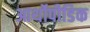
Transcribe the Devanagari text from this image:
आर्थोपीडिक